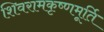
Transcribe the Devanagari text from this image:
शिवरामकृष्णमूर्ति